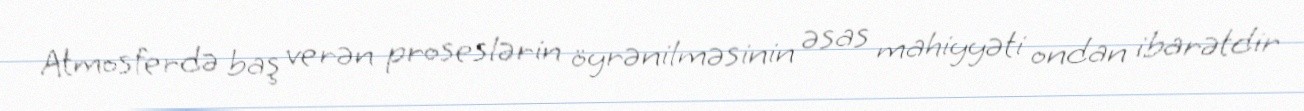
Atmosferdə baş verən proseslərin öyrənilməsinin əsas mahiyyəti ondan ibarətdir